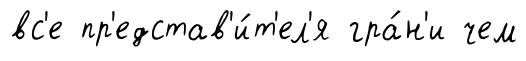
вс'е пр'едстав'и́т'ел'я гра́н'и чем